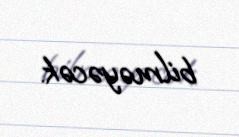
bilməyəcək.